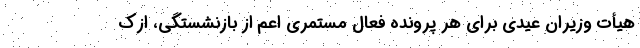
هیأت وزیران عیدی برای هر پرونده فعال مستمری اعم از بازنشستگی، ازک